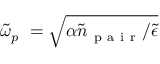
\tilde { \omega } _ { p } \ = \sqrt { \alpha \tilde { n } _ { \mathrm { ~ p ~ a ~ i ~ r ~ } } / \tilde { \epsilon } }